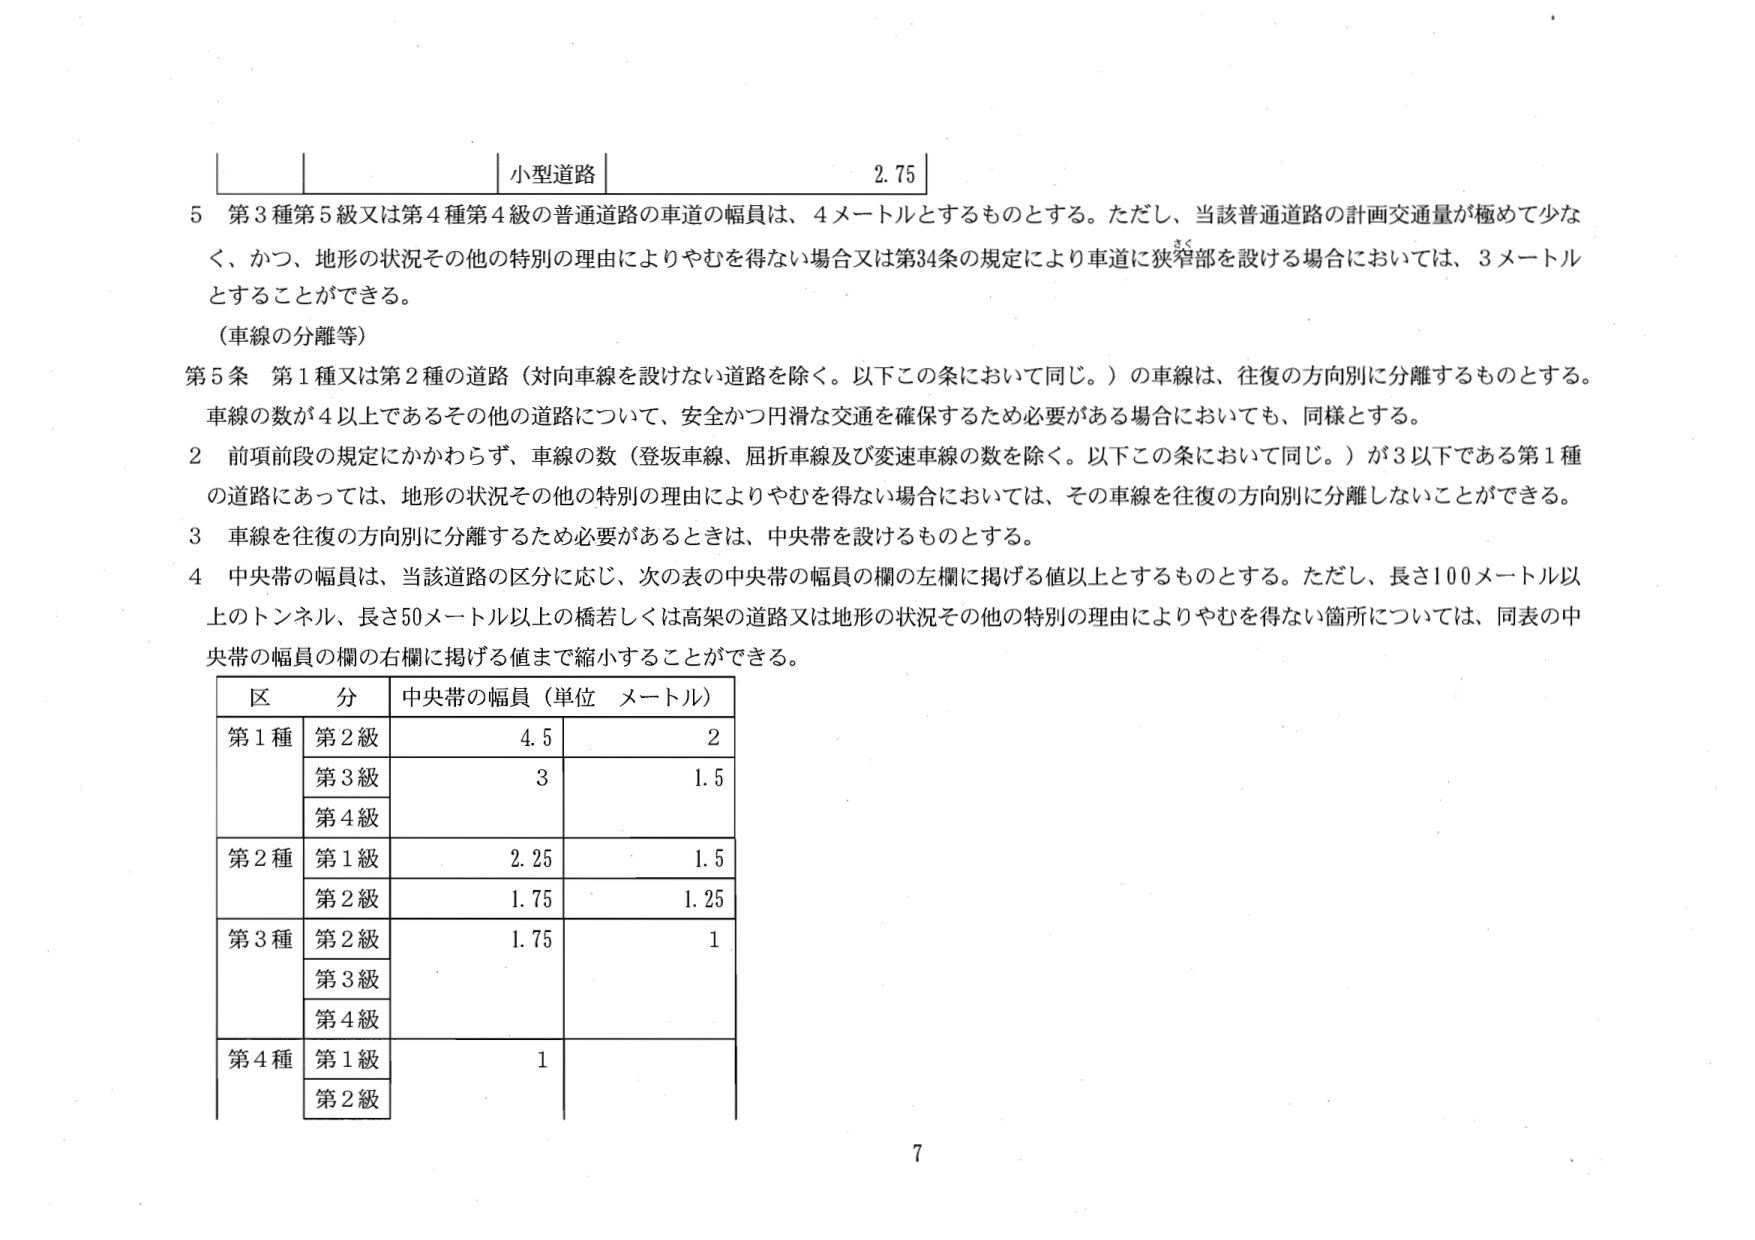
小型道路 2.75

5 第3種第5級又は第4種第4級の普通道路の車道の幅員は、4メートルとするものとする。ただし、当該普通道路の計画交通量が極めて少な
く、かつ、地形の状況その他の特別の理由によりやむを得ない場合又は第34条の規定により車道に狭窄部を設ける場合においては、3メートル
とすることができる。

（車線の分離等）

第5条 第1種又は第2種の道路（対向車線を設けない道路を除く。以下この条において同じ。）の車線は、往復の方向別に分離するものとする。
車線の数が4以上であるその他の道路について、安全かつ円滑な交通を確保するため必要がある場合においても、同様とする。

2 前項前段の規定にかかわらず、車線の数（登坂車線、屈折車線及び変速車線の数を除く。以下この条において同じ。）が3以下である第1種
の道路にあっては、地形の状況その他の特別の理由によりやむを得ない場合においては、その車線を往復の方向別に分離しないことができる。

3 車線を往復の方向別に分離するため必要があるときは、中央帯を設けるものとする。

4 中央帯の幅員は、当該道路の区分に応じ、次の表の中央帯の幅員の欄の左欄に掲げる値以上とするものとする。ただし、長さ100メートル以
上のトンネル、長さ50メートル以上の橋若しくは高架の道路又は地形の状況その他の特別の理由によりやむを得ない箇所については、同表の中
央帯の幅員の欄の右欄に掲げる値まで縮小することができる。

区 分 中央帯の幅員（単位 メートル）
第1種 第2級 4.5 2
第3級 3 1.5
第4級
第2種 第1級 2.25 1.5
第2級 1.75 1.25
第3種 第2級 1.75 1
第3級
第4級
第4種 第1級 1
第2級

7